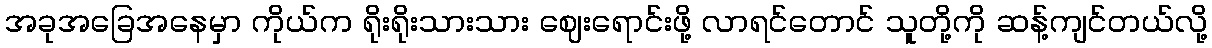
အခုအခြေအနေမှာ ကိုယ်က ရိုးရိုးသားသား ဈေးရောင်းဖို့ လာရင်တောင် သူတို့ကို ဆန့်ကျင်တယ်လို့